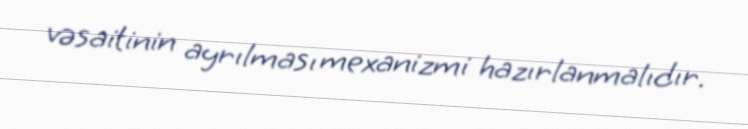
vəsaitinin ayrılması mexanizmi hazırlanmalıdır.